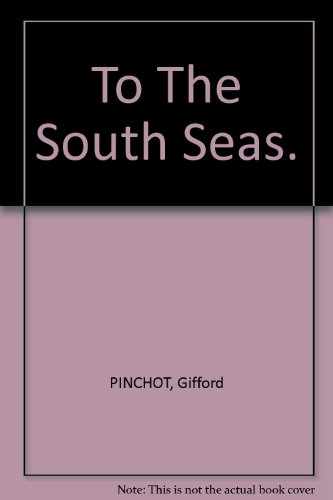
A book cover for To the South seas;: The cruise of the schooner Mary Pinchot to the Galapagos, the Marquesas, and the Tuamotu islands, and Tahiti,; Gifford Pinchot; Travel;